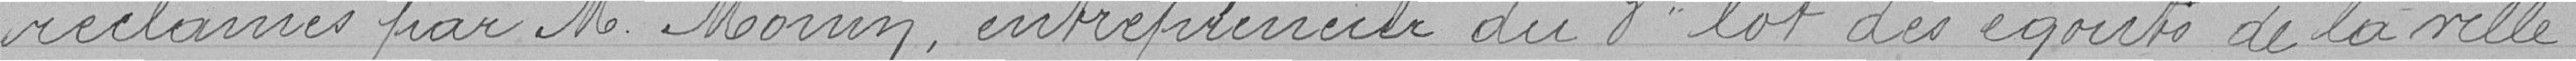
réclamés par M.Monin, entrepreneur du 3° lot des égouts de la ville .